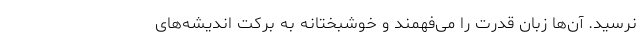
نرسید. آن‌ها زبان قدرت را می‌فهمند و خوشبختانه به برکت اندیشه‌های